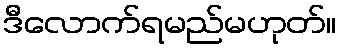
ဒီလောက်ရမည်မဟုတ်။